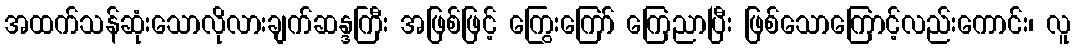
အထက်သန်ဆုံးသောလိုလားချက်ဆန္ဒကြီး အဖြစ်ဖြင့် ကြွေးကြော် ကြေညာပြီး ဖြစ်သောကြောင့်လည်းကောင်း၊ လူ